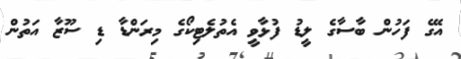
އޭގެ ފަހުން ބާސާގެ ލީޑު ފުޅާވީ އެތުލެޓިކޯގެ މިރަންޑާ ޑި ސޫޒާ އަތުން